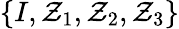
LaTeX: \{ I,\mathcal{Z}_{1},\mathcal{Z}_{2},\mathcal{Z}_{3}\}